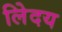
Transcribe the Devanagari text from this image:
लेिदय